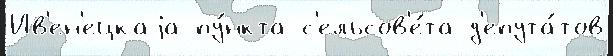
Ив'ен'ецкаjа пу́нкта с'ельсов'е́та д'епута́тов